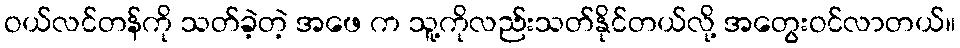
ဝယ်လင်တန်ကို သတ်ခဲ့တဲ့ အဖေ က သူ့ကိုလည်းသတ်နိုင်တယ်လို့ အတွေးဝင်လာတယ်။